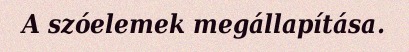
A szóelemek megállapítása.